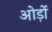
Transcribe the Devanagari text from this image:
ओर्ड़ो